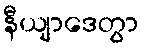
နီယျာဒေတွာ